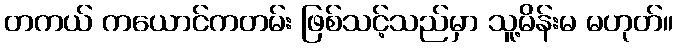
တကယ် ကယောင်ကတမ်း ဖြစ်သင့်သည်မှာ သူ့မိန်းမ မဟုတ်။